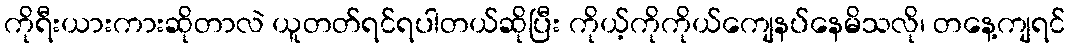
ကိုရီးယားကားဆိုတာလဲ ယူတတ်ရင်ရပါတယ်ဆိုပြီး ကိုယ့်ကိုကိုယ်ကျေနပ်နေမိသလို၊ တနေ့ကျရင်